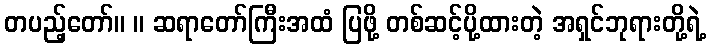
တပည့်တော်။ ။ ဆရာတော်ကြီးအထံ ပြဖို့ တစ်ဆင့်ပို့ထားတဲ့ အရှင်ဘုရားတို့ရဲ့